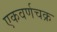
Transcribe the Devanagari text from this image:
एकवर्णचक्र